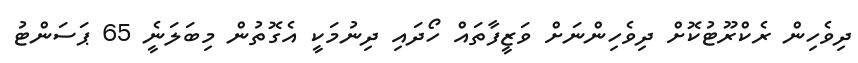
ދިވެހިން ރެކްރޫޓުކޮށް ދިވެހިންނަށް ވަޒީފާތައް ހޯދައި ދިނުމަކީ އެގޮތުން މިބަލަނީެ 65 ޕަސަންޓު